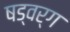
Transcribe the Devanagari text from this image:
षड्वर्ग